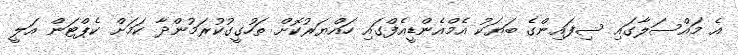
އެ މައްސަލާގައި ސިފައިންގެ ބަޔަކު އެމްއެންޑީއެފްގައި ހައްޔަރުކޮށް ތަހުގީގުކުރަމުންދާ ކަމަށް ކެޕްޓަން އަލީ